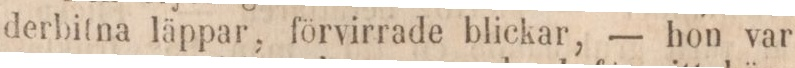
derbitna läppar, förvirrade blickar, — hon var